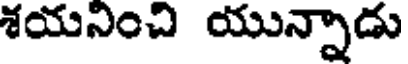
శయనించి యున్నాడు